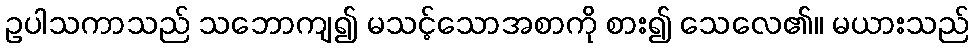
ဥပါသကာသည် သဘောကျ၍ မသင့်သောအစာကို စား၍ သေလေ၏။ မယားသည်